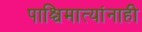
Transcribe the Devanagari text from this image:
पाश्चिमात्यांनाही